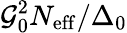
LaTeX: \mathcal{G}_{0}^{2}N_{\mathrm{eff}}/\Delta_{0}